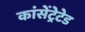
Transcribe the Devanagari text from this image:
कांसेंट्रेटेड